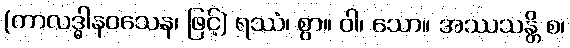
(ကာလဒ္ဓါနဝသေန၊ ဖြင့်) ရဿံ၊ စွာ။ ဝါ၊ သော။ အဿသန္တိ စ၊